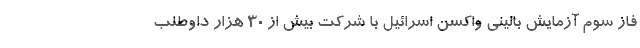
فاز سوم آزمایش بالینی واکسن اسرائیل با شرکت بیش از 30 هزار داوطلب